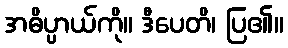
အဓိပ္ပာယ်ကို။ ဒီပေတိ၊ ပြ၏။